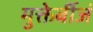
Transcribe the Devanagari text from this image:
मुक्तेर्बीजं